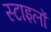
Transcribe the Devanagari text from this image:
स्टाइलों